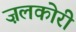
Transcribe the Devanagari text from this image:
ज़लकोरी